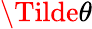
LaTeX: \Tilde{\theta}